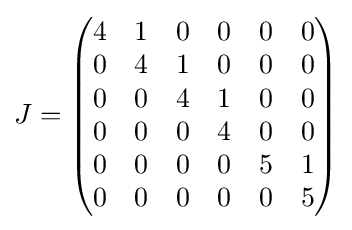
J={\begin{pmatrix}4&1&0&0&0&0\\0&4&1&0&0&0\\0&0&4&1&0&0\\0&0&0&4&0&0\\0&0&0&0&5&1\\0&0&0&0&0&5\end{pmatrix}}